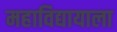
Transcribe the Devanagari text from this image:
महाविद्यायाला